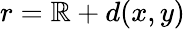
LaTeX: r=\mathbb{R}+d(x,y)